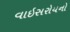
વાઇસરોયનો